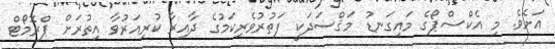
އަށެވެ. މި އެކްސްޕޯގެ މައިގަނޑު މަޤްސަދަކީ ފަތުރުވެރިކަމުގެ ދާއިރާ ކުރިއަރުވާ އިތުރަށް ޕްރޮމޯޓް